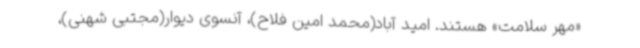
«مهر سلامت» هستند. امید آباد(محمد امین فلاح)، آنسوی دیوار(مجتبی شهنی)،